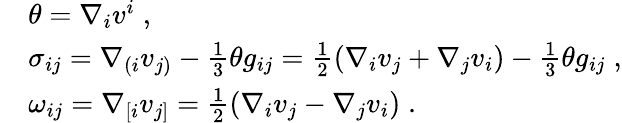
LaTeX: \begin{array}{rl}&{\theta=\nabla_{i}v^{i}\; ,}\\ &{\sigma_{ij}=\nabla_{(i}v_{j)}-\frac{1}{3}\theta g_{ij}=\frac{1}{2}\left(\nabla_{i}v_{j}+\nabla_{j}v_{i}\right)-\frac{1}{3}\theta g_{ij}\; ,}\\ &{\omega_{ij}=\nabla_{[i}v_{j]}=\frac{1}{2}\left(\nabla_{i}v_{j}-\nabla_{j}v_{i}\right)\; .}\end{array}